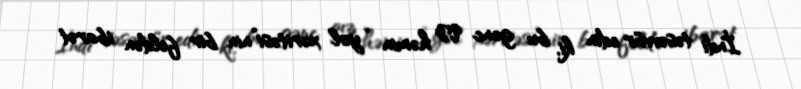
İndi təsəvvür edin ki, bu gənc qız həmin “yol xəritəsi”nin bir feldən ibarət